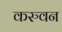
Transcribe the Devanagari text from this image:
करुवन